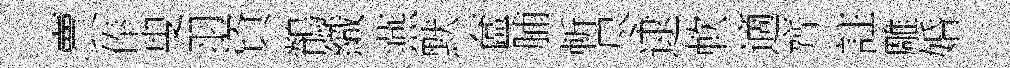
賣俸叟羽資鶺織燕默奩脯斬尽逮軟適齊註雕婚